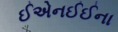
ઈએનઈઈના